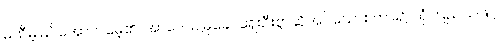
မထီမဲ့မြင်အောက်မေ့၏။ အာဒေယျမုခေါ၊ ရှေးဦးစွာဆိုအပ်သောစကား၌ ယုံကြည်သဖြင့်